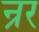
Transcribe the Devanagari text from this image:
न्रर